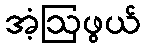
အံ့ဩဖွယ်